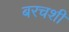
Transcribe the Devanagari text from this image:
बरचशी